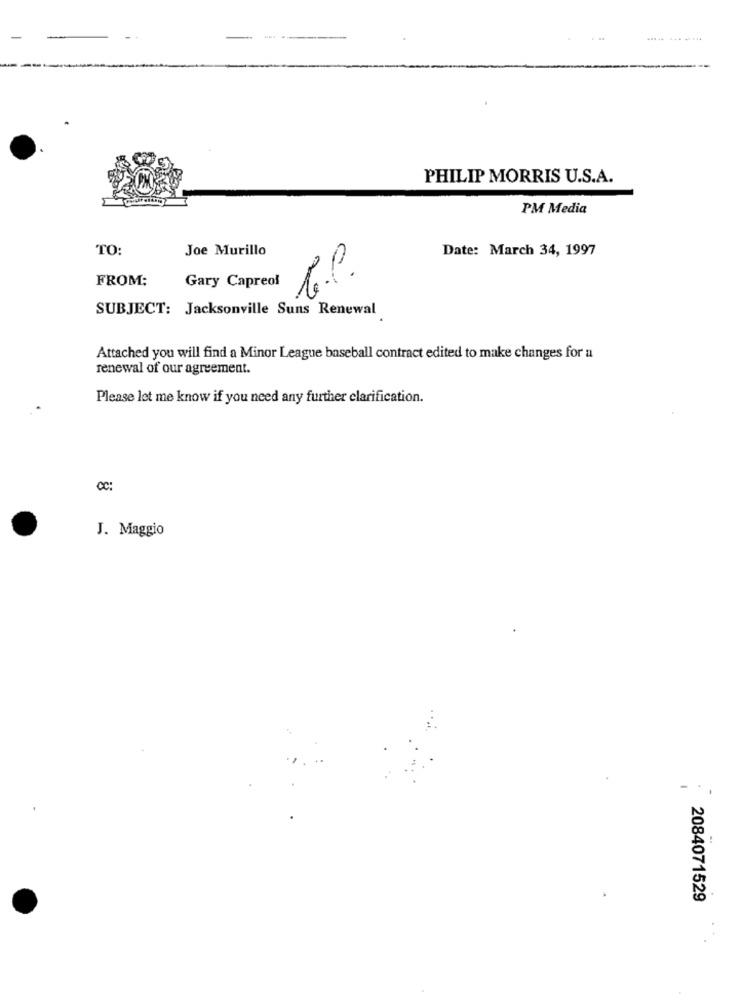
--
PHILIP MORRIS U.S.A.
PM Media
TO:
Joe Murillo
Date: March 34, 1997
FROM:
Gary Capreof
b.P.
SUBJECT: Jacksonville Suns Renewal
Attached you will find a Minor League baseball contract edited to make changes for a
renewal of our agreement.
Please let me know if you need any further clarification.
CC:
J. Maggio
2084071529